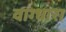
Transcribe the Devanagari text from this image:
वाग्धारा